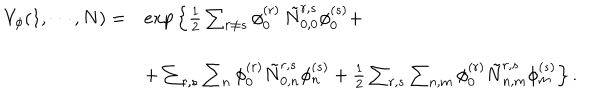
LaTeX: \begin{array} { l l } { { V _ { \phi } ( 1 , \cdots , N ) = } } & { { e x p \left\{ \frac { 1 } { 2 } \sum _ { r \neq s } \phi _ { 0 } ^ { ( r ) } \, \tilde { N } _ { 0 , 0 } ^ { r , s } \phi _ { 0 } ^ { ( s ) } + \right. } } \\ { { } } & { { \left. + \sum _ { r , s } \sum _ { n } \phi _ { 0 } ^ { ( r ) } \tilde { N } _ { 0 , n } ^ { r , s } \phi _ { n } ^ { ( s ) } + \frac { 1 } { 2 } \sum _ { r , s } \sum _ { n , m } \phi _ { 0 } ^ { ( r ) } \tilde { N } _ { n , m } ^ { r , s } \phi _ { m } ^ { ( s ) } \right\} . } } \\ \end{array}